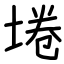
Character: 埢